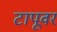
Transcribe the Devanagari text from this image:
टापूवर